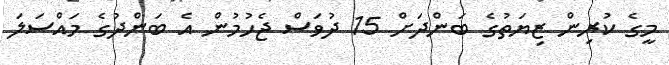
މީގެ ކުރިން ޒިޔަތުގެ ބަންދަށް 15 ދުވަސް ޖެހުމުން އެ ބަންދުގެ މައްސަލަ